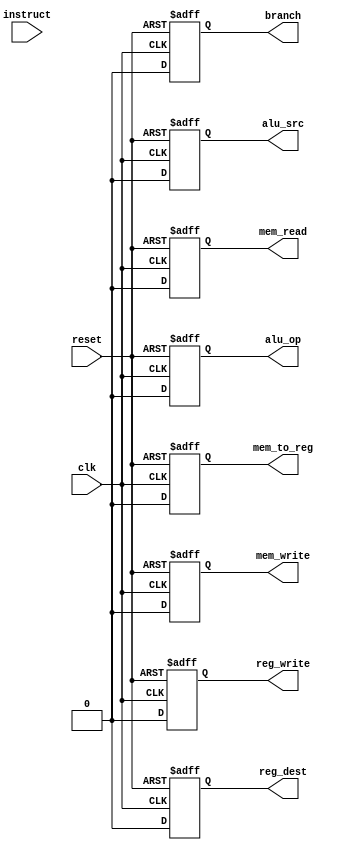

// Version:     2 (Modified 19 February 2015)
// Description: This file contains a behavioral definition for an instruct incrementer.

module memory(clk, reset, instruct, reg_dest, branch, mem_read, mem_to_reg, mem_write, alu_op, alu_src, reg_write);

input wire clk; 
input wire reset; 
input wire [31:26] instruct; 
output reg reg_dest;
output reg branch ;
output reg mem_read;
output reg mem_to_reg;
output reg mem_write;
output reg alu_op;
output reg alu_src;
output reg reg_write;

// Use second block to parse inpout instruction and assign signal values.
always @(posedge clk or negedge reset) begin
    if(reset == 0) begin
	reg_dest = 0;
	branch = 0;
	mem_read = 0;
	mem_to_reg = 0;
	mem_write = 0;
	alu_op = 0;
	alu_src = 0;
	reg_write = 0;
    end else begin
      	reg_dest = 0;
	branch = 0;
	mem_read = 0;
	mem_to_reg = 0;
	mem_write = 0;
	alu_op = 0;
	alu_src = 0;
	reg_write = 0;
    end
end

endmodule